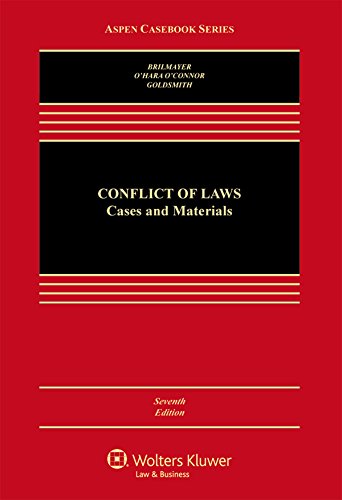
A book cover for Conflicts of Law: Cases and Materials (Aspen Casebook); R. Lea Brilmayer; Law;